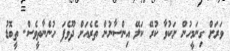
ވަރަށް ގިނަމީހުން ށަކުވާ ކުރޭ ކަލޭ އިންސާނުން ތެރެއަށް ދޫވެފަ ހުންނާތީވެސް. ތީބޮޑު